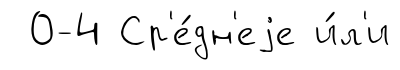
0-4 Ср'е́дн'еjе и́л'и